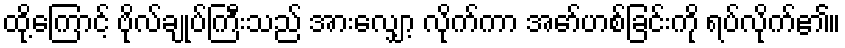
ထို့ကြောင့် ဗိုလ်ချုပ်ကြီးသည် အားလျှော့ လိုက်ကာ အော်ဟစ်ခြင်းကို ရပ်လိုက်၏။